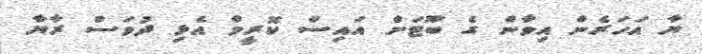
ޔާ އަހަރެން އިވާން ގެ ބޫޓަށް އައިސް ކޮރީމް އެޅި ދުވަސް ރާޔާ